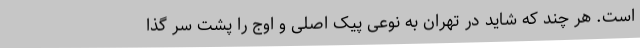
است. هر چند که شاید در تهران به نوعی پیک اصلی و اوج را پشت سر گذا